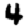
Digit: 4